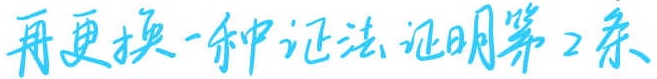
再更换一种证法证明第2条